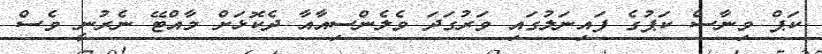
ކަޕް ވިނާސް ކަޕުގެ ފައިނަލުގައި ވަރުގަދަ ވެލެންސިއާއާ ދެކޮޅަށް މާއްޓޭ ނެރުނީ ވެސް